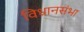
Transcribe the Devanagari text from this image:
विधानसंभा